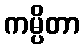
ကမ္ပိတာ